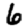
Digit: 6